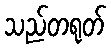
သည်တရုတ်